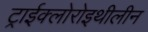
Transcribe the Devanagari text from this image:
ट्राईक्लोरोइथीलीन